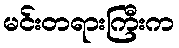
မင်းတရားကြီးက